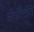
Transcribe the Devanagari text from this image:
लैबाॅरैटाॅरी